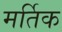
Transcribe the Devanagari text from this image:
मर्तिक